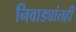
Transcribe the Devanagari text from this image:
निवाड्यांतही